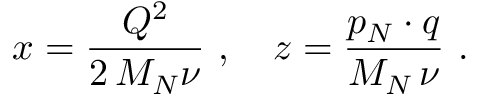
x = \frac { Q ^ { 2 } } { 2 \, M _ { N } \nu } \ , \ \ \ z = \frac { p _ { N } \cdot q } { M _ { N } \, \nu } \ .